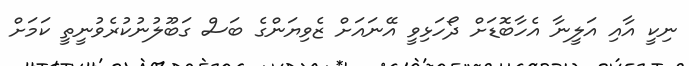
ނިކީ އާއި އަލީނާ އެހާބޮޑަށް ދޯހަޅިވީ އޭނައަށް ޒެވިޔަންގެ ބަސް ގަބޫލުނުކުރެވުނީތީ ކަމަށް